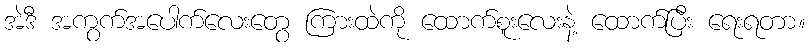
အဲဒီ အကွက်အပေါက်လေးတွေ ကြားထဲကို ထောက်စူးလေးနဲ့ ထောက်ပြီး ရေးရတာ။